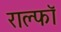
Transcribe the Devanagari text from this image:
राल्फॉ